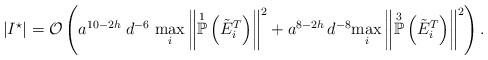
\begin{align*}|I^{\star}| = \mathcal{O}\left( a^{10-2h} \; d^{-6} \; \underset{i}{\max} \left\Vert \overset{1}{\mathbb{P}}\left(\tilde{E}_{i}^{T}\right) \right\Vert^{2} + a^{8 - 2h} \, d^{-8} \underset{i}{\max} \left\Vert \overset{3}{\mathbb{P}}\left(\tilde{E}_{i}^{T}\right) \right\Vert^{2} \right).\end{align*}